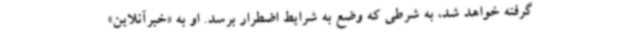
گرفته خواهد شد، به شرطی که وضع به شرایط اضطرار برسد. او به «خبرآنلاین»